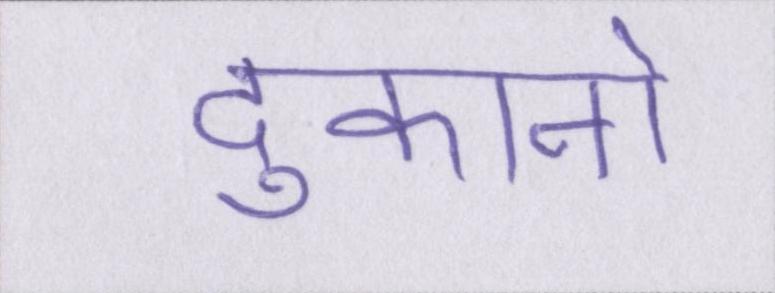
दुकानो